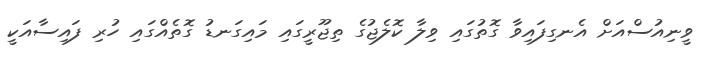
ވީނިއުސްއަށް އެނގިފައިވާ ގޮތުގައި ވިލާ ކޮލެޖުގެ ތިޖޫރީގައި މައިގަނޑު ގޮތެއްގައި ހުރި ފައިސާއަކީ